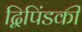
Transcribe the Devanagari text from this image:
द्विपिंडकी